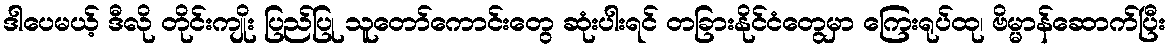
ဒါပေမယ့် ဒီလို တိုင်းကျိုး ပြည်ပြု သူတော်ကောင်းတွေ ဆုံးပါးရင် တခြားနိုင်ငံတွေမှာ ကြေးရုပ်ထု၊ ဗိမ္မာန်ဆောက်ပြီး